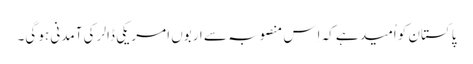
پاکستان کو اُمید ہے کہ اِس منصوبہ سے اربوں امریکی ڈالر کی آمدنی ہو گی۔